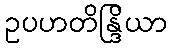
ဥပဟတိန္ဒြိယာ